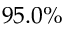
9 5 . 0 \%